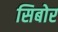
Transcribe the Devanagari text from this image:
सिबोर